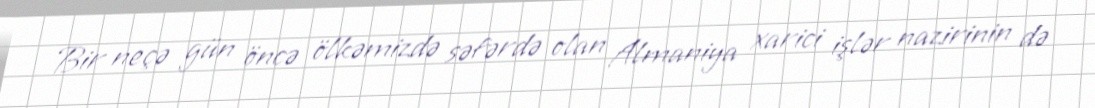
Bir neçə gün öncə ölkəmizdə səfərdə olan Almaniya xarici işlər nazirinin də